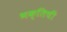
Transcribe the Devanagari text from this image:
भक्तिची